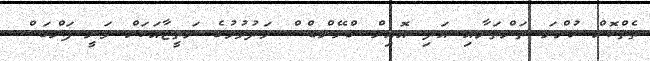
ތެތްކޮށް ހުންނަ ތަންތަނާއި އަދި އޮއިލް ގްލޭންޑްސް މަދުވުމުގެ ނަތީޖާއަކަށް ވަނީ ފަންގަސް